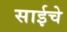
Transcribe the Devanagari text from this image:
साईचे